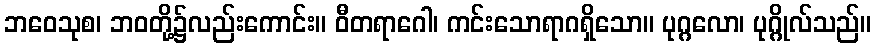
ဘဝေသုစ၊ ဘဝတို့၌လည်းကောင်း။ ဝီတရာဂေါ၊ ကင်းသောရာဂရှိသော။ ပုဂ္ဂလော၊ ပုဂ္ဂိုလ်သည်။